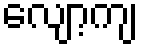
လျော့ကျ